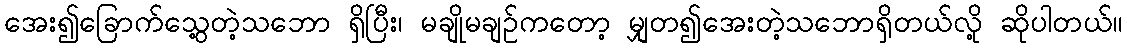
အေး၍ခြောက်သွေ့တဲ့သဘော ရှိပြီး၊ မချိုမချဉ်ကတော့ မျှတ၍အေးတဲ့သဘောရှိတယ်လို့ ဆိုပါတယ်။